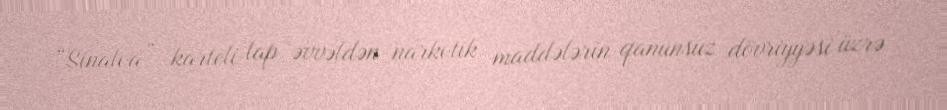
“Sinaloa” karteli lap əvvəldən narkotik maddələrin qanunsuz dövriyyəsi üzrə